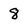
Character: 8